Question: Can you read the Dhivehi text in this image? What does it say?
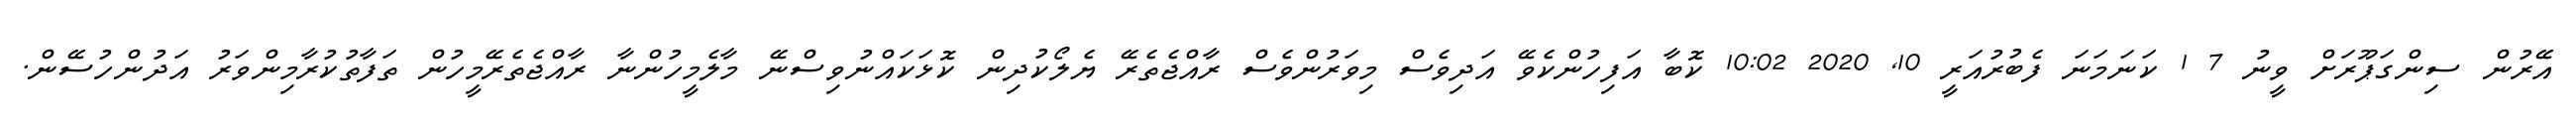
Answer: އޭރުން ސިންގަޕޫރަށް ވީނު 7 1 ކަނަމަނަ ފެބުރުއަރީ 10, 2020 10:02 ކޮބާ އަފިހުންކެވޭ އަދިވެސް މިވަރުންވެސް ރާއްޖެތެރޭ ޔެލޯކުދިން ކޮޅަކައްނުވިސްނޭ މާލެމީހުންނާ ރާއްޖެތެރޭމީހުން ތަފާތުކުރާމިންވަރު އަދުންހުސޭން.